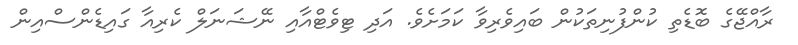
ރާއްޖޭގެ ބޮޑެތި ކުންފުނިތަކުން ބައިވެރިވާ ކަމަށެވެ. އަދި ޓިވެޓްއާއި ނޭޝަނަލް ކެރިއާ ގައިޑެންސްއިން